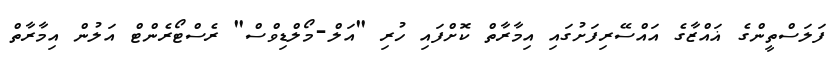
ފަލަސްތީންގެ ޣައްޒާގެ އައްސޭރިފަށުގައި އިމާރާތް ކޮށްފައި ހުރި "އަލް-މޯލްޑިވްސް" ރެސްޓޯރެންޓް އަލުން އިމާރާތް